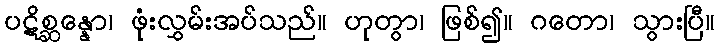
ပဋိစ္ဆန္နော၊ ဖုံးလွှမ်းအပ်သည်။ ဟုတွာ၊ ဖြစ်၍။ ဂတော၊ သွားပြီ။